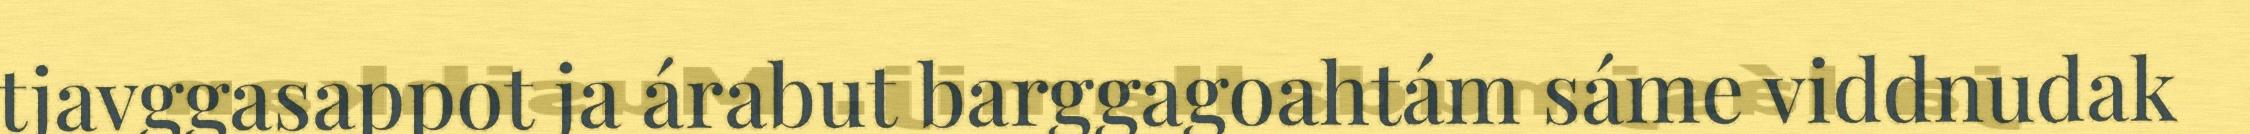
tjavggasappot ja árabut barggagoahtám sáme viddnudak